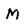
Character: M